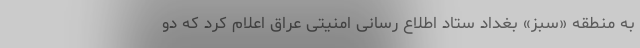
به منطقه «سبز» بغداد ستاد اطلاع رسانی امنیتی عراق اعلام کرد که دو